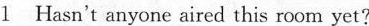
1 Hasn't anyone aired this room yet?